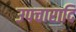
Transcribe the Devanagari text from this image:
उपचारादि